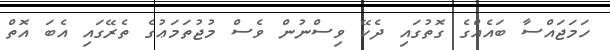
ހަމަޖައްސާ ބައެއްގެ ގޮތުގައި ދެކޭ ވިސްނުން ވެސް މުޖުތަމަޢުގެ ތެރޭގައި އެބަ އޮތް